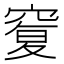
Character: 𥦸